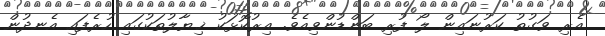
އެރި ވަގުތު ކަރުނައިން ލޯ ފުރި ބަންޑުންވިއެވެ. އިރުކޮޅަަކު ޚިޔާލުތަކުގައި ހުރެފައި އެނދުން